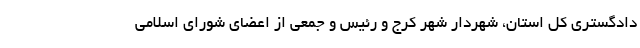
دادگستری کل استان، شهردار شهر کرج و رئیس و جمعی از اعضای شورای اسلامی